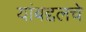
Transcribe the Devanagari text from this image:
यांबद्दलचे